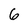
Character: 6